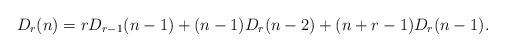
LaTeX: \begin{align*}D_r(n)=rD_{r-1}(n-1)+(n-1)D_r(n-2)+(n+r-1)D_r(n-1).\end{align*}